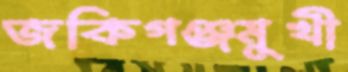
জকিগঞ্জমুখী